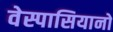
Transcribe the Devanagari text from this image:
वेस्पासियानो